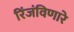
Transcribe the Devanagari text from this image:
रिंजंविणारे